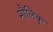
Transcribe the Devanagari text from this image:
मौलिक्